Scottish Leaving Certificate Examination, 1952
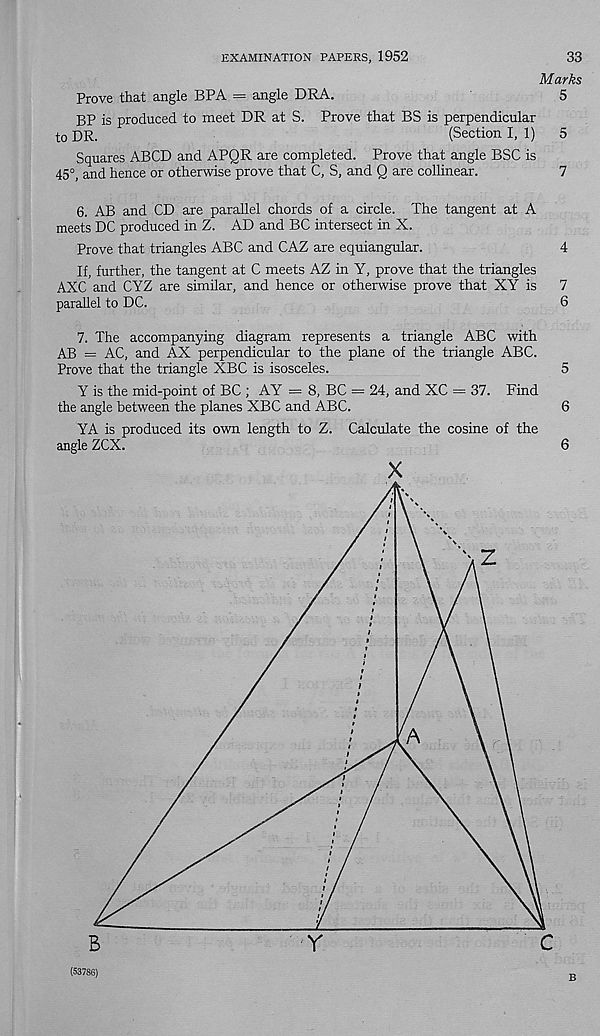
EXAMINATION PAPERS, 1952
33
Marks
Prove that angle BPA = angle DRA.
5
BP is produced to meet DR at S. Prove that BS is perpendicular
to DR.
(Section I, 1)
5
Squares ABCD and APQR are completed. Prove that angle BSC is
45°, and hence or otherwise prove that C, S, and Q are collinear.
7
6. AB and CD are parallel chords of a circle. The tangent at A
meets DC produced in Z. AD and BC intersect in X.
Prove that triangles ABC and CAZ are equiangular.
4
If, further, the tangent at C meets AZ in Y, prove that the triangles
AXC and CYZ are similar, and hence or otherwise prove that XY is 7
parallel to DC.
6
7. The accompanying diagram represents a triangle ABC with
AB = AC, and AX perpendicular to the plane of the triangle ABC.
Prove that the triangle XBC is isosceles.
5
Y is the mid-point of BC ; AY = 8, BC = 24, and XC = 37. Find
the angle between the planes XBC and ABC.
6
YA is produced its own length to Z. Calculate the cosine of the
angle ZCX.
6
X
(53786)
B